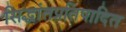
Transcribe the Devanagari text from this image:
सिद्धांतप्रतिपादित